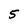
Character: 5